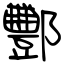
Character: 酆